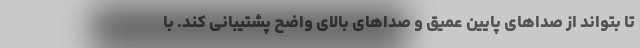
تا بتواند از صداهای پایین عمیق و صداهای بالای واضح پشتیبانی کند. با